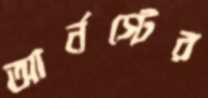
আর্নস্টের